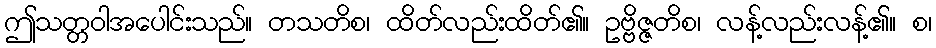
ဤသတ္တဝါအပေါင်းသည်။ တသတိစ၊ ထိတ်လည်းထိတ်၏။ ဥဗ္ဗိဇ္ဇတိစ၊ လန့်လည်းလန့်၏။ စ၊